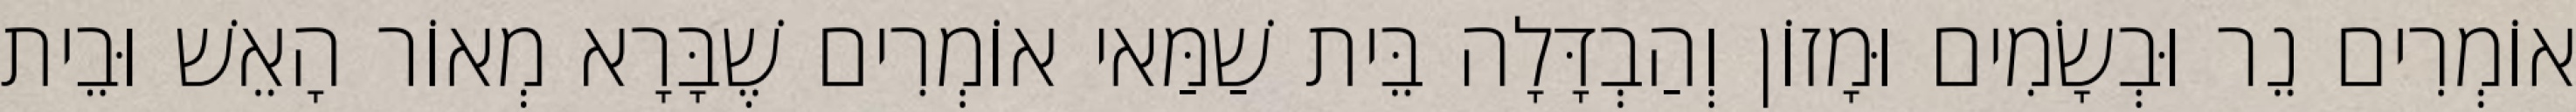
אוֹמְרִים נֵר וּבְשָׂמִים וּמָזוֹן וְהַבְדָּלָה בֵּית שַׁמַּאי אוֹמְרִים שֶׁבָּרָא מְאוֹר הָאֵשׁ וּבֵית